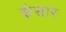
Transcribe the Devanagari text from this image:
कंसार